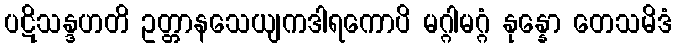
ပဋိသန္ဒဟတိ ဥတ္တာနသေယျကဒါရကောပိ မဂ္ဂါမဂ္ဂံ နုန္နော တေသမိဒံ